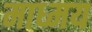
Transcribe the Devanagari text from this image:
माध्मय